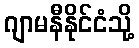
ဂျာမနီနိုင်ငံသို့